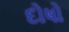
દોષો